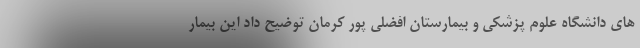
های دانشگاه علوم پزشکی و بیمارستان افضلی پور کرمان توضیح داد این بیمار